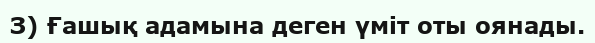
З) Ғашық адамына деген үміт оты оянады.